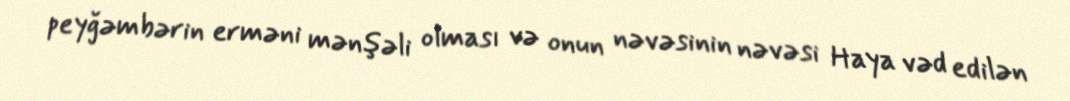
peyğəmbərin erməni mənşəli olması və onun nəvəsinin nəvəsi Haya vəd edilən